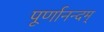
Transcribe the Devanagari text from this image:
पूर्णानन्दम्